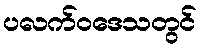
ပလက်ဝဒေသတွင်